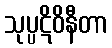
သုပ္ပဋိဝိနီတာ